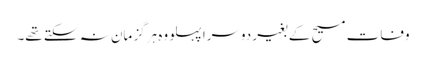
وفات مسیح کے بغیر دوسرا پہلو وہ ہرگز مان نہ سکتے تھے۔